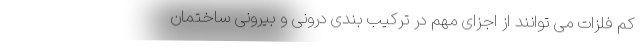
کم فلزات می توانند از اجزای مهم در ترکیب بندی درونی و بیرونی ساختمان